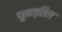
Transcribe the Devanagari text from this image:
पूनत्तिल